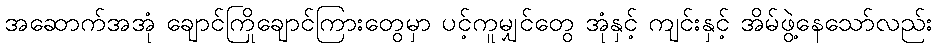
အဆောက်အအုံ ချောင်ကြိုချောင်ကြားတွေမှာ ပင့်ကူမျှင်တွေ အုံနှင့် ကျင်းနှင့် အိမ်ဖွဲ့နေသော်လည်း